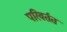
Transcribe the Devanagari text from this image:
परिवर्तत